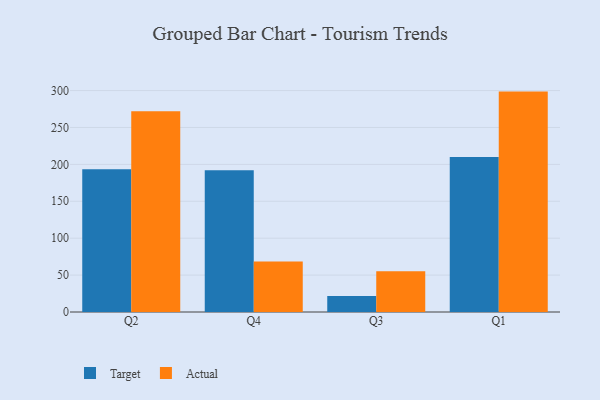
{"axis": {"x": "Quarter", "y": "Temperature (°C)"}, "legend": ["Actual", "Target"], "data": [{"x": "Q2", "y": 193.3, "type": "Target"}, {"x": "Q2", "y": 272.1, "type": "Actual"}, {"x": "Q4", "y": 192.1, "type": "Target"}, {"x": "Q4", "y": 68.3, "type": "Actual"}, {"x": "Q3", "y": 21.7, "type": "Target"}, {"x": "Q3", "y": 55.2, "type": "Actual"}, {"x": "Q1", "y": 210.1, "type": "Target"}, {"x": "Q1", "y": 298.6, "type": "Actual"}]}